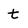
Character: t